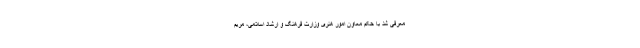
معرفی شد با حکم معاون امور هنری وزارت فرهنگ و ارشاد اسلامی، مریم